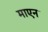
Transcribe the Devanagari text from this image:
माएन